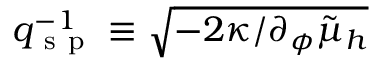
q _ { \mathrm { ~ s ~ p ~ } } ^ { - 1 } \equiv \sqrt { - 2 \kappa / \partial _ { \phi } \tilde { \mu } _ { h } }